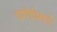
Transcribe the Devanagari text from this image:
वर्गणीमध्ये